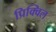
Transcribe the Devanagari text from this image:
प्रिक्विल